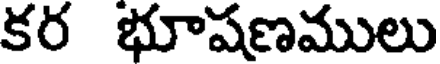
కర భూషణములు